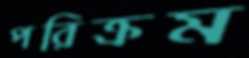
পরিক্রম